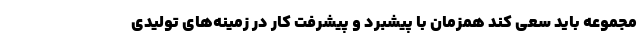
مجموعه باید سعی کند همزمان با پیشبرد و پیشرفت کار در زمینه‌های تولیدی